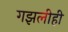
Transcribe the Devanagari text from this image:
गझलीही